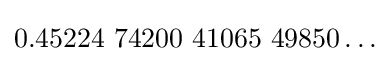
0{.}45224{\text{ }}74200{\text{ }}41065{\text{ }}49850\ldots